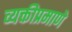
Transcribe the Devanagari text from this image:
व्यक्तीप्रमाणे